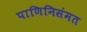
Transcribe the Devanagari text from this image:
पाणिनिसंमत